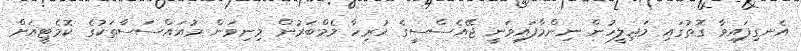
އެނގިފައިވާ ގޮތުގައި މަޖިލީހުން ނިންމާފައިވަނީ ޖޭއެސްސީގެ ހުރިހާ މެމްބަރުން މިނިވަން މުއައްސަސާތަކުގެ ކޮމެޓީއަށް